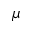
\mu